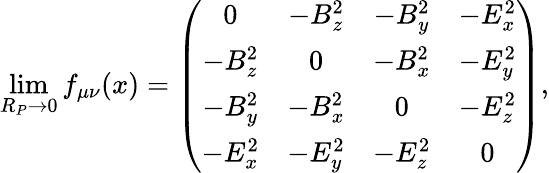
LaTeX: \operatorname*{lim}_{R_{P}\rightarrow 0}f_{\mu\nu}(x)=\left(\begin{array}{cccc}{{0}}&{{-B_{z}^{2}}}&{{-B_{y}^{2}}}&{{-E_{x}^{2}}}\\ {{-B_{z}^{2}}}&{{0}}&{{-B_{x}^{2}}}&{{-E_{y}^{2}}}\\ {{-B_{y}^{2}}}&{{-B_{x}^{2}}}&{{0}}&{{-E_{z}^{2}}}\\ {{-E_{x}^{2}}}&{{-E_{y}^{2}}}&{{-E_{z}^{2}}}&{{0}}\end{array}\right),